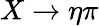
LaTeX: X\rightarrow\eta\pi